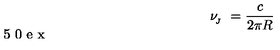
\nu _ { \! _ { J } } \ = \frac { c } { 2 \pi R } \vspace { . 5 0 e x }